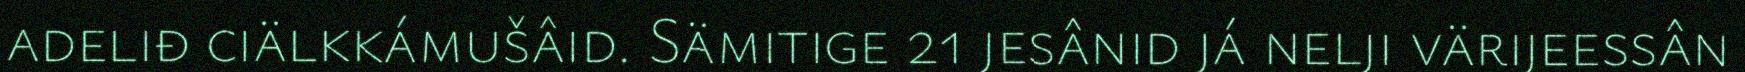
adeliđ ciälkkámušâid. Sämitige 21 jesânid já nelji värijeessân